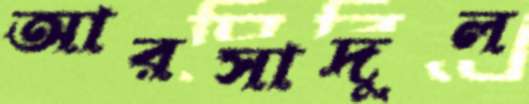
আরসাদুল